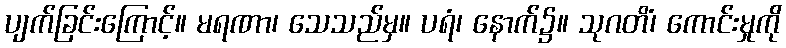
ပျက်ခြင်းကြောင့်။ မရဏာ၊ သေသည်မှ။ ပရံ၊ နောက်၌။ သုဂတိံ၊ ကောင်းမှုကို